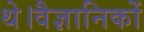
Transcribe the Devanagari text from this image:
थे।वैज्ञानिकों